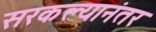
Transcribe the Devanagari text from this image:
सरकल्यानंतर